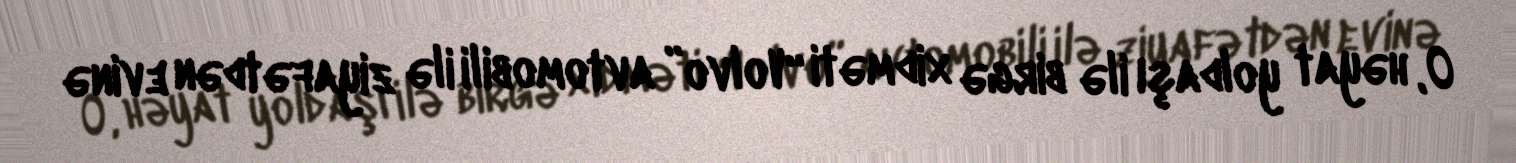
O, həyat yoldaşı ilə birgə xidməti “Volvo” avtomobili ilə ziyafətdən evinə